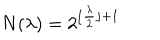
LaTeX: N ( \lambda ) = 2 ^ { \lfloor \frac { \lambda } { 2 } \rfloor + 1 }